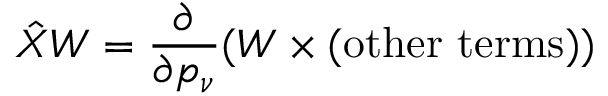
\hat { X } W = \frac { \partial } { \partial p _ { \nu } } ( W \times ( \mathrm { o t h e r ~ t e r m s } ) )